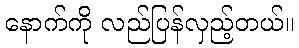
နောက်ကို လည်ပြန်လှည့်တယ်။